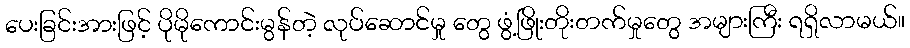
ပေးခြင်းအားဖြင့် ပိုမိုကောင်းမွန်တဲ့ လုပ်ဆောင်မှု တွေ ဖွံ့ဖြိုးတိုးတက်မှုတွေ အများကြီး ရရှိလာမယ်။